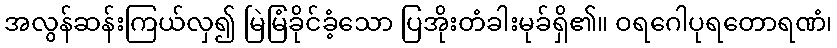
အလွန်ဆန်းကြယ်လှ၍ မြဲမြံခိုင်ခံ့သော ပြအိုးတံခါးမုခ်ရှိ၏။ ဝရဂေါပုရတောရဏံ၊